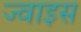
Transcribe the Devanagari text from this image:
ज्वाइस